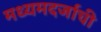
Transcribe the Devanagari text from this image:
मध्यमदर्जाची